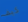
كيف